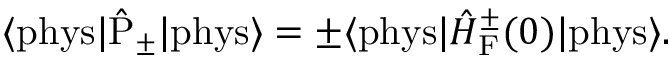
\langle \mathrm { p h y s } | \hat { \mathrm { P } } _ { \pm } | \mathrm { p h y s } \rangle = \pm \langle \mathrm { p h y s } | \hat { \cal H } _ { \mathrm { F } } ^ { \pm } ( 0 ) | \mathrm { p h y s } \rangle .